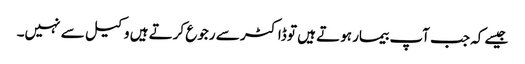
جیسے کہ جب آپ بیمار ہوتے ہیں تو ڈاکٹر سے رجوع کرتے ہیں وکیل سے نہیں۔